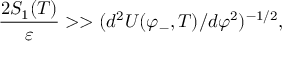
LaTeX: { \frac { 2 S _ { 1 } ( T ) } { \varepsilon } } > > ( d ^ { 2 } { U ( \varphi _ { - } , T ) } / d \varphi ^ { 2 } ) ^ { - 1 / 2 } ,